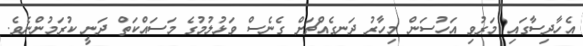
އެހާދިސާގައި މަރުވި އަހުސަން މިހާރު ދަނގެއްޗަށް ގެނެސް ވަޅުލުމުގެ މަސައްކަތް ދަނީ ކުރަމުންނެވެ.